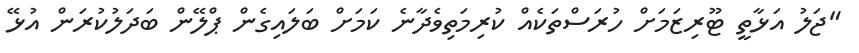
"ޖަލު އަޅާތީ ޓޫރިޒަމަށް ހުރަސްތަކެއް ކުރިމަތިވެދާނެ ކަމަށް ބަލައިގެން ޕްލޭން ބަދަލުކުރަން އުޅޭ